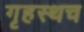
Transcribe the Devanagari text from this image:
गृहस्थच